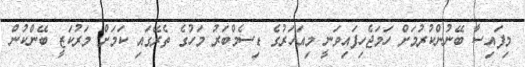
މިފައިސާ ބޭނުންކުރުމަށް ހަމަޖެހިފައިވަނީ މިއަހަރުގެ ޑިސެމްބަރު މަހުގެ ތެރޭގައި ކަމަށް މަރުކަޒީ ބޭންކުން